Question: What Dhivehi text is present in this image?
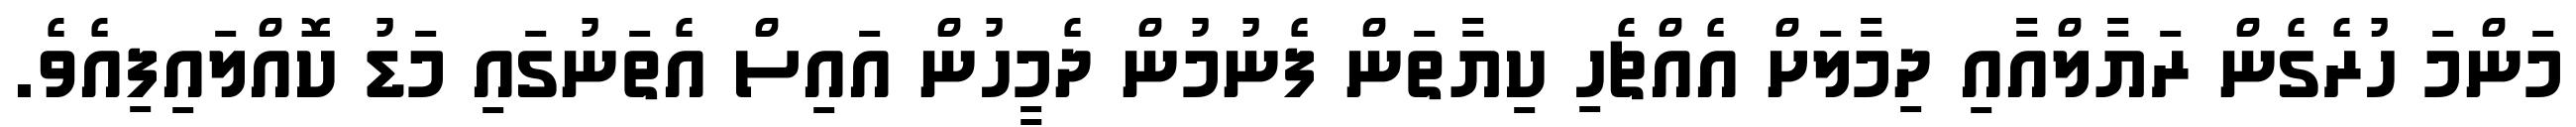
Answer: މަންމަ ހުރެގެން ރަޔާލްއާއި ދިމާލަށް އެއްޗެހި ކިޔާތަން ފެނުމުން ދެމީހުން އައިސް އެތަނުގައި މަޑު ކޮއްލައިފިއެވެ.